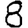
Digit: 8